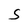
Character: S